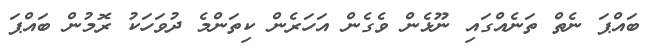
ބައްޕަ ނެތް ތަނެއްގައި ނޫޅެން ވެގެން އަހަރެން ކިތަންމެ ދުވަހަކު ރޮމުން ބައްޕަ